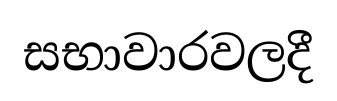
සභාවාරවලදී